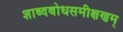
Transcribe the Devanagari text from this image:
शाब्दबोधसमीक्षणम्